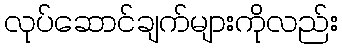
လုပ်ဆောင်ချက်များကိုလည်း